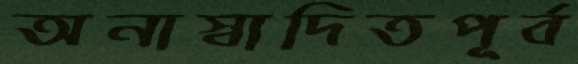
অনাস্বাদিতপূর্ব